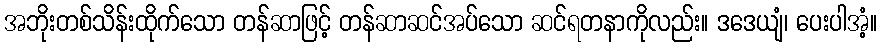
အဘိုးတစ်သိန်းထိုက်သော တန်ဆာဖြင့် တန်ဆာဆင်အပ်သော ဆင်ရတနာကိုလည်း။ ဒဒေယျံ၊ ပေးပါအံ့။